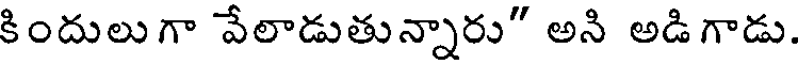
కిందులుగా వేలాడుతున్నారు" అని అడిగాడు.